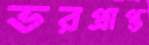
ভরপ্রাপ্ত